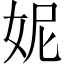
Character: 妮